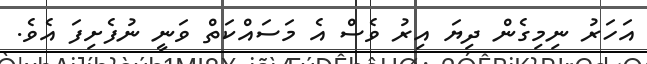
އަހަރު ނިމިގެން ދިޔަ އިރު ވެސް އެ މަސައްކަތް ވަނީ ނުފެށިފަ އެވެ.